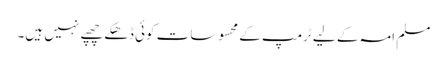
مسلم امہ کے لیے ٹرمپ کے محسوسات کوئی ڈھکے چھپے نہیں ہیں۔